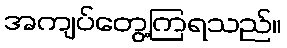
အကျပ်တွေ့ကြရသည်။